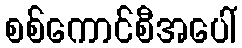
စစ်ကောင်စီအပေါ်